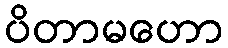
ပိတာမဟော